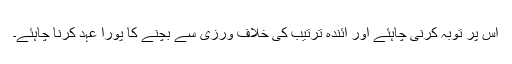
اس پر توبہ کرنی چاہئے اور آئندہ ترتیب کی خلاف ورزی سے بچنے کا پورا عہد کرنا چاہئے۔